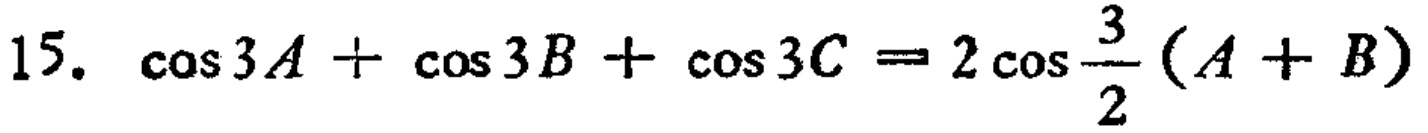
15. $\cos 3A+\cos 3B+\cos 3C = 2\cos\frac{3}{2}(A + B)$